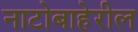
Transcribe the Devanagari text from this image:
नाटोबाहेरील